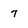
Character: 7